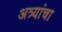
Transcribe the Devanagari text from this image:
अत्र्यांचा